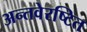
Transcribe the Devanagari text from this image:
अन्तवेरष्टित